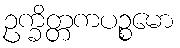
ဥက္ခိတ္တကပဉ္စမော